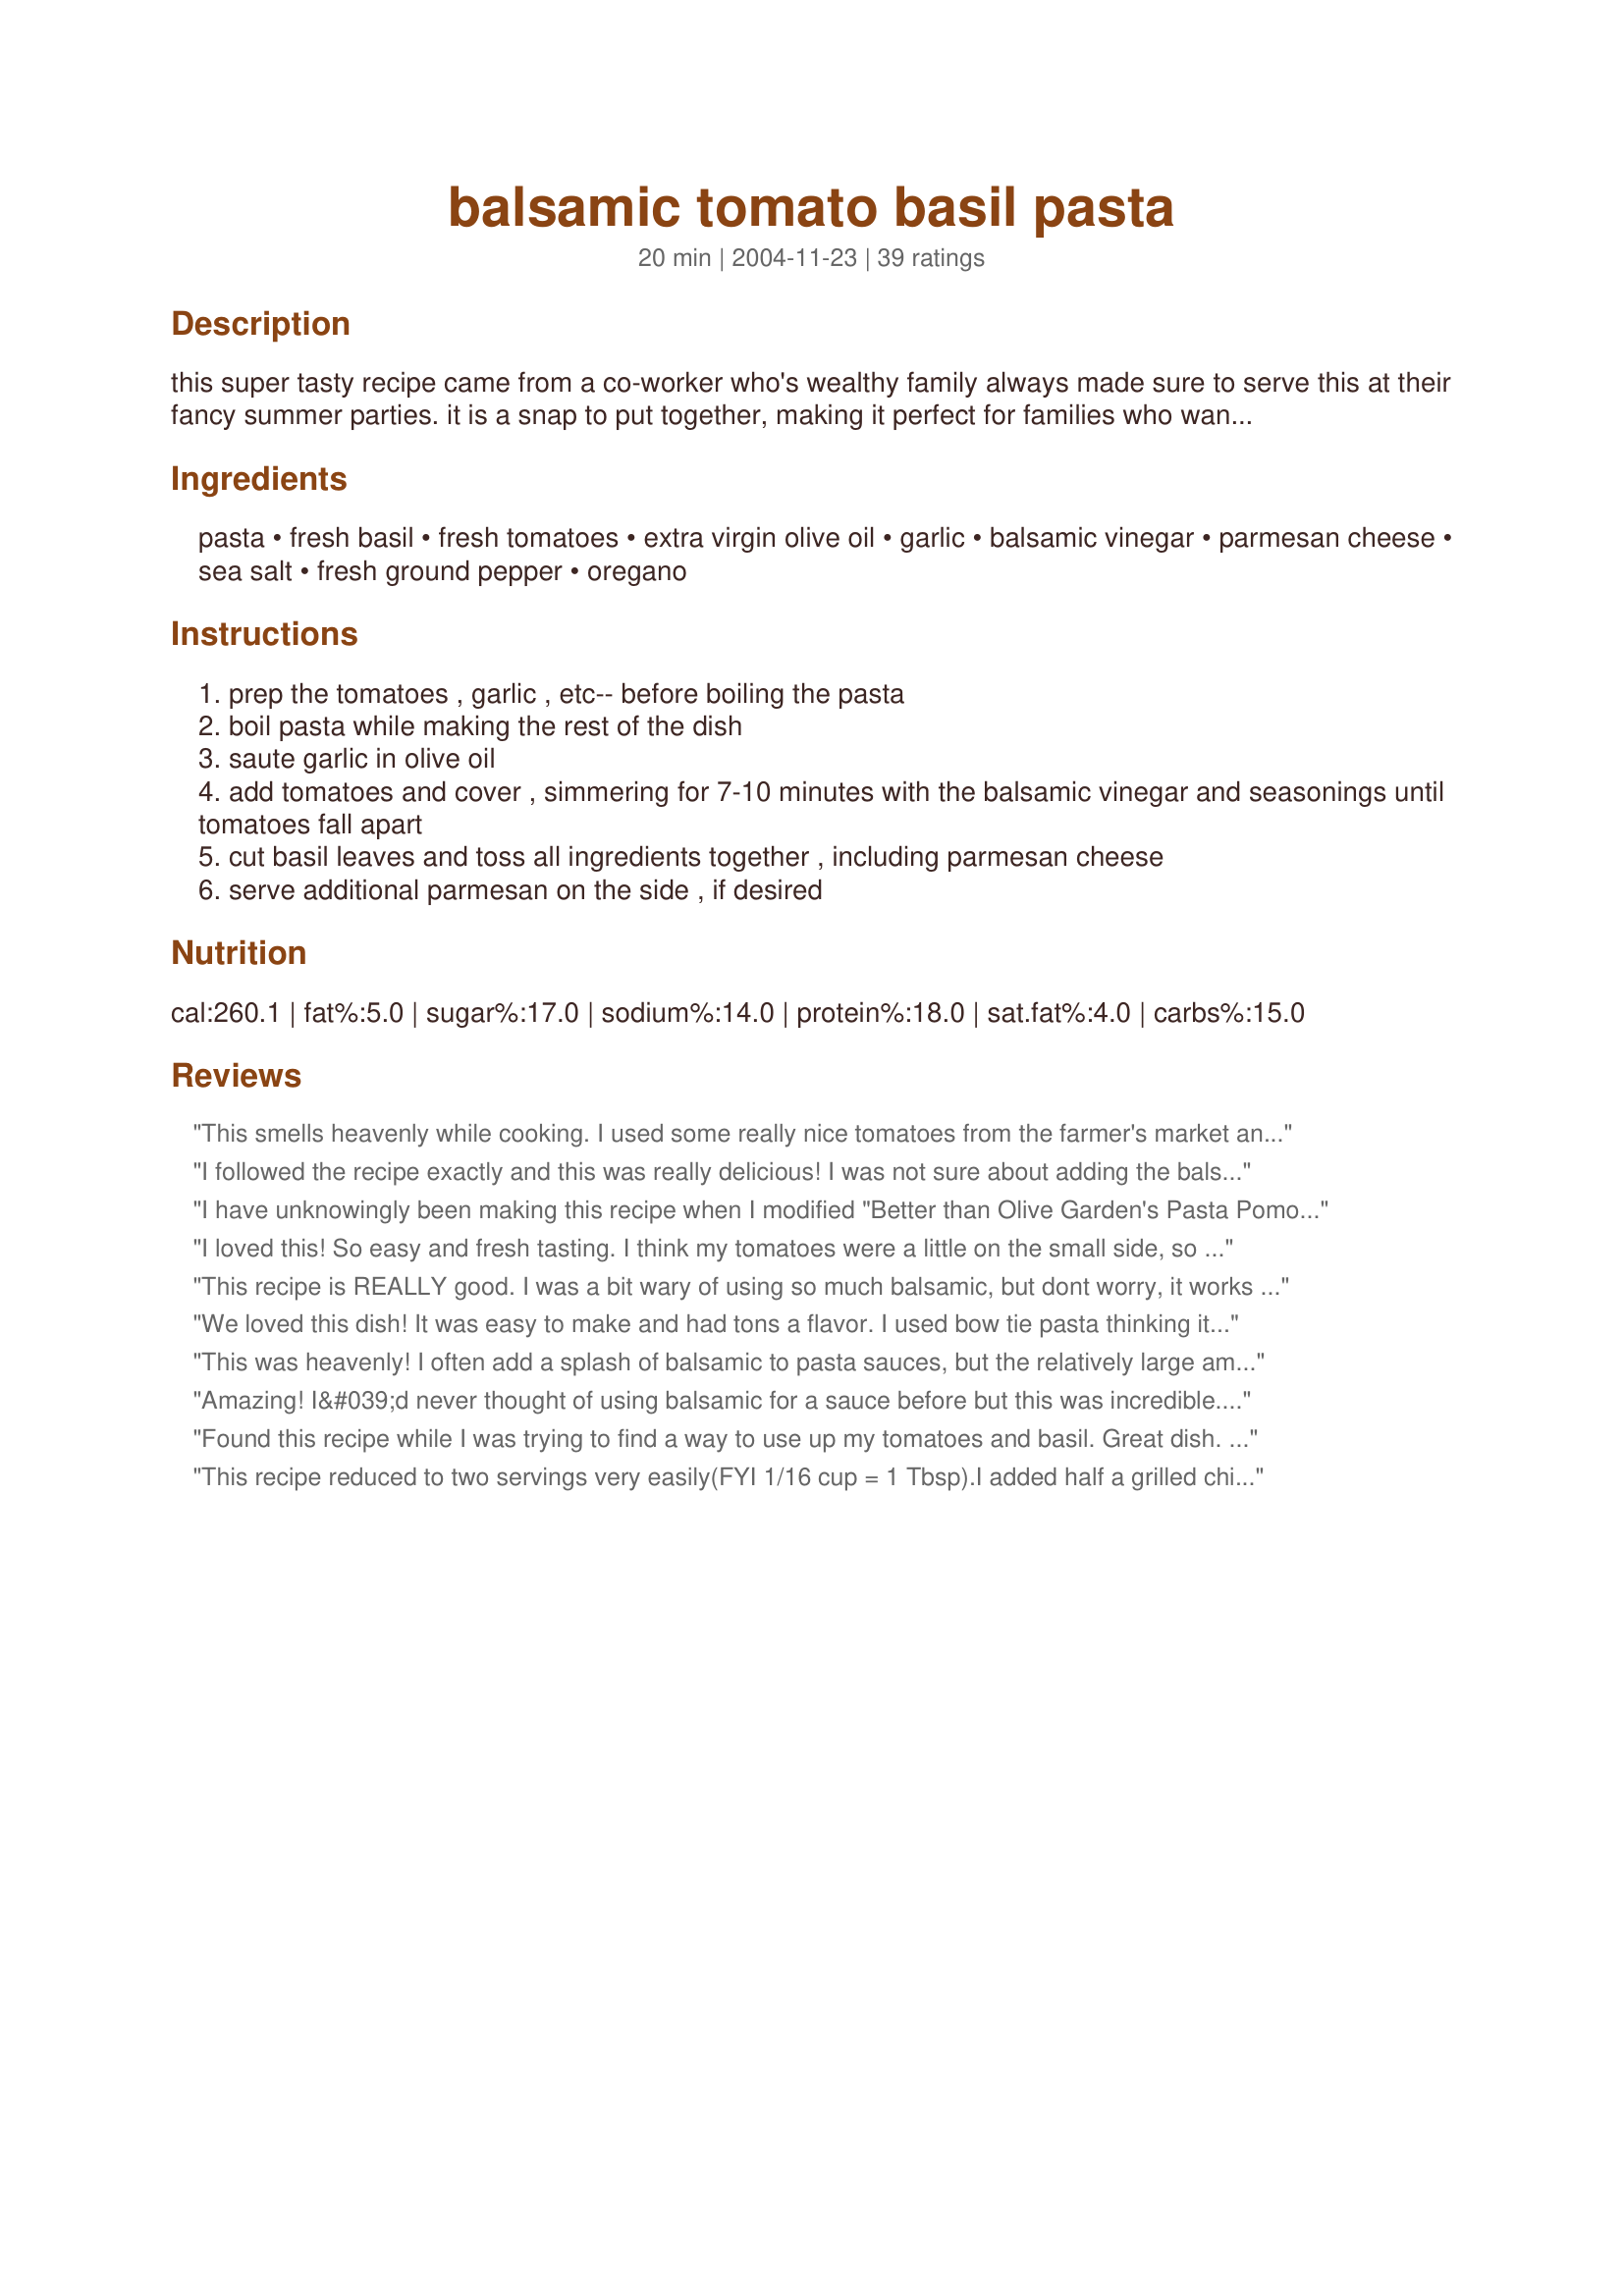
balsamic tomato basil pasta
Preparation time: 20 minutes

this super tasty recipe came from a co-worker who's wealthy family always made sure to serve this at their fancy summer parties. it is a snap to put together, making it perfect for families who want a meal in a hurry, or the host of party who wants something spectacular that won't keep them in the kitchen instead of with their guests. either way, you will get the same rave reviews that i have over the years.

Ingredients:
pasta, fresh basil, fresh tomatoes, extra virgin olive oil, garlic, balsamic vinegar, parmesan cheese, sea salt, fresh ground pepper, oregano

Steps:
prep the tomatoes , garlic , etc-- before boiling the pasta
boil pasta while making the rest of the dish
saute garlic in olive oil
add tomatoes and cover , simmering for 7-10 minutes with the balsamic vinegar and seasonings until tomatoes fall apart
cut basil leaves and toss all ingredients together , including parmesan cheese
serve additional parmesan on the side , if desired

Reviews:
This smells heavenly while cooking. I used some really nice tomatoes from the farmer's market and a mix of regular and purple basil from my herb container garden. I served it over whole wheat fettucini. I really enjoyed, my husband was not as thrilled with it. He felt it was way too sweet (from the balsamic). Really glad I tried it.
I followed the recipe exactly and this was really delicious! I was not sure about adding the balsamic vinegar, however, it added great flavor. I have made pasta with tomato and basil in the past, and it always seemed to be lacking. The addition of the balsamic seemed to really bring the flavor together. Thank you DeSouter, for a great recipe I will make again and again. My fiancee' really liked it too!
I have unknowingly been making this recipe when I modified "Better than Olive Garden's Pasta Pomodoro" to include a lot of balsamic vinegar. I love it so much that I make it at least once a week! With this recipe the fresher, the better!
I loved this! So easy and fresh tasting. I think my tomatoes were a little on the small side, so next time I'll use more tomatoes or less pasta, but overall the flavor was wonderful and the leftovers were even good cold!
This recipe is REALLY good. I was a bit wary of using so much balsamic, but dont worry, it works out to be perfect. I took the advice of other reviewers and did not cover the tomatoes when they cooked for a saucier sauce. I used whole wheat corkscrew pasta for its darker color and I feel it went nicely against the color of the balsamic vinegar, also put shaved Parmesan on top so it didn't turn dark from the vinegar. I completely forgot the oregano.. I feel it would have distracted from the basil anyway. The next time I made this, I put about a tablespoon of tomato paste, it added a nice rich flavor to the sauce. I would put chicken in this for a one pot meal.
We loved this dish! It was easy to make and had tons a flavor. I used bow tie pasta thinking it would be easier eating as a side dish that way and it looked great too. I think one could easily toss in some grilled chicken or other meat for a great main dish. I served 7 last night and everyone gave this a thumbs up!
This was heavenly! I often add a splash of balsamic to pasta sauces, but the relatively large amount used in this recipe took it to a new level -- tart and tangy and totally addictive. Fresh basil was the perfect finishing touch! I had to use San Marzano tomatoes but can't wait to try it with fresh ones next summer. Served it with a salad, some crusty bread and a glass of wine for a perfect light supper. (For 2, though -- not 8!)
Amazing! I&#039;d never thought of using balsamic for a sauce before but this was incredible. Thanks for sharing.
Found this recipe while I was trying to find a way to use up my tomatoes and basil. Great dish. Very simple to make and very tasty. I reserved the pasta water and added about a ladle full when combining the pasta to the sauce.
This recipe reduced to two servings very easily(FYI 1/16 cup = 1 Tbsp).I added half a grilled chicken breast to one serving, and some mozzarella on top of both. Bowtie pasta worked well, and garden fresh tomatoes are ideal! Very smooth taste, but I could have used a little more of a kick. Maybe more garlic next time... Really good combination of flavors. Thanks
This was light and certainly different but lacked something, possibly onion. I used a good balsamic vinegar and added extra parmesan. Tastes better warm or cold than hot, and I think it would make a nicer side dish than it does a main.
We've been making this dish for years, and it's still a favorite. It's great at potlucks and I have yet to find someone who doesn't love it. I make mine with bowtie pasta and simmer it without the lid for awhile so it's thicker. I also use fresh mozzarella balls (the ones in water) instead of parmesan, because the texture and flavor of fresh mozzarella is amazing :) Great recipe!
Yummo...this was delightful. The flavours are amazing...dont be concened about the amount of balsamic, it's fantastic. 
Oh and the leftovers (If there are any) are great cold!!
IT was good but the Balsamic was a little strong, we all ate it but didn't enjoy it. Maybe I am not a big balsamic fan.
Very good! I cut the recipe in half to serve 2 people.<br/>I cut 2 chicken breasts into bite-sized pieces & cooked them in the olive oil before adding a 14.5 ounce can of whole tomatoes that I also chopped up. I didn't have any fresh tomatoes on-hand. Served this with a green salad with a balsamic vinaigrette & a bit of freshly grated parmigiano reggiano, for a fantastic dinner.
This was a quick and easy weeknight meal, perfect for summertime when there is an abundance of these ingredients in the garden. Next time I'd like to perk up the flavor with some red pepper or feta or something with a kick of flavor. Thanks for the great recipe DeSouter....
This is a delicious (and pretty) pasta recipe! In addition to the parmesan in the recipe, I liberally sprinkled it over the top. Thanks for the great recipe!
I didn't really care for it. It wasn;t nasty, and it wasn't hard to make, the taste just did not appeal to me. My husband seemed to like it alot more than I did. I followed the recipe exactly. Oh, and I would use more tomatoes if I made this again.
We absolutely love this recipe and have been making it for a couple of years now. We only cook it in the summer though because it really is best with fresh garden tomatoes and Lots of fresh basil. I find these ingredients are hard to come by and expensive in the colder months.
This was okay, but nothing special. I used gnocchi, which only came in a 14 oz bag - I probably needed 1.5 of a bag to go with all the sauce. The balsamic was a nice addition to the sauce and I will add it to other recipes in the future. I though 1/4 cup was a little too much, though. I suppose it all depends on how much tomato you end up with - maybe I had less tomato than others and the ratio was off.
This was good, but not spectacular. It wasnt bursting with flavor, but I would probably make again when I am rushed for time!
Very good. I served this to my children and their spouses. My son in law texted a "thank you for a great dinner." Must be a 5* . LOL
This is delicious! I'm so glad I stumbled upon this recipe. Not only tasty but inexpensive to boot. I made dinner for two of this and followed the recipe "almost" to the letter. I added more garlic and used spaghetti. I also did like other folks and simmered the sauce without a lid to thicken. Thanks for sharing! Will definitely make this again.
Wonderful! I love this dish! I had to go easy on the garlic, though, because my roommate complained about the smell. I didn't have any balsamic vinegar, but I can't wait to try it with the vinegar, next time!
This was great! I used halved yellow cherry tomatoes and plum tomatoes. The cherry tomatoes kind of disappeared into the sauce, so next time I will definately load up on the tomatoes. I also used spinach fettachini for this. Next time I will probably use a white pasta, because the green pasta and balsamic kind of made for an odd colored pasta combo. I will also not use grated parmesan next time. I think shaved parmesan would be much better with this. The grated parmesan and balsamic combined to look a little displeasing, but it tasted fantastic!
I really liked this. I used canned whole peeled tomatoes. About twice as many the recipe called for. I also added some crushed red pepper. The sauce was nice and bright and the meal didn't weigh me down as some pasta recipes do. Thanks for posting the recipe.
This was very good. We added crumbled feta cheese.<br/>Take 2: We just made this again and it was DELICIOUS! This time, we added chunks of chicken that were dredged through a flour mixture with thyme, dried mustard, paprika, salt and pepper, and then sauteed. SO GOOD!!!
I wanted mine a little more saucy, so I used a can of Basil and Garlic diced tomatoes along with roasted chicken breast with whole wheat pasta. Absolutely amazing, and something I could eat warm or cold.
I had a similar dish at a restaurant and was hoping I could find something like it to make at home - this did the trick! We added two sliced, grilled chicken breasts to the sauce just before adding the pasta. I only used 4 roma tomatoes b/c that's all I had on hand. Next time I'll try using 6. Thanks!
We tried this for the first time tonight and everyone agreed that it's something we'll eat again. My stepson and hubby would like to try it topped with grilled or baked chicken. The dish wasn't spectacular, but it was good, not to mention something different. I used bowtie pasta and the only change I made was that I started out simmering the sauce with the lid on and later removed it so that it would become a bit thicker. The finished product makes a lovely presentation. Thanks for sharing, DeSouter!
So fast, easy, and tasty! I scaled the recipe down for two and used 2 tomatoes -- I only wish I had used more tomatoes, as others in the comments suggested. I did also simmer with the cover off and it was a great thick chunky sauce. It came out fantastic with some penne.

SECOND TIME: This time I made it with canned diced tomatoes, which were surprisingly good and actually much juicier than the fresh tomatoes. Again, I scaled it for two people and used 1 can of diced tomatoes. I also added significantly more balsamic vinegar, about twice as much, which gave it more of a punch.
This dish was delicious! I made it for our Father's Day cookout and it was a big hit! I was nervous about trying this recipe because I havent cooked anything like it before, to my suprise it was easy! Yummy!
Loved this quick and easy pasta sauce using tomatoes , oregano and basil straight from the garden, i popped in 2 more garlic cloves and a little red pepper as DH likes a little spice, will definately make this again!!
I really love this pasta. I actually cheated and used canned diced tomatoes, and dried basil, which made it even more simple to throw together. The balsamic vinegar is a fantastic addition.
This was delicious! I simmered the sauce uncovered and served it with a salad. I will definitely make it again! Thanks!
Beautiful dish. Nice and light and satisfying. Served the next day cold with salad.
WOW!! This is absolutely mouth exploding! I often use it as a side dish with a pork tenderloin.
Wonderful! A great, light summer dish that used up the tomatoes and basil from my garden. Full of flavor and super easy to make. My husband, who HAS to have meat in every dish, actually LOVED this dish- without any meat! Fantastic.
This is a great pasta dish! (I used bowtie pasta so it looked really fancy, too.) I loved the tang of the vinegar in the sauce. The only change I made: I simmered the sauce uncovered because I prefer thicker sauce.
